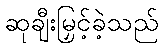
ဆုချီးမြှင့်ခဲ့သည်